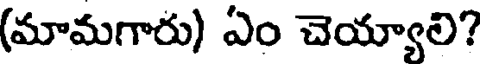
(మామగారు) ఏం చెయ్యాలి?